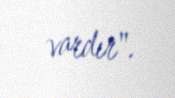
vardır".